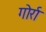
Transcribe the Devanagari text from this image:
गोर्रा